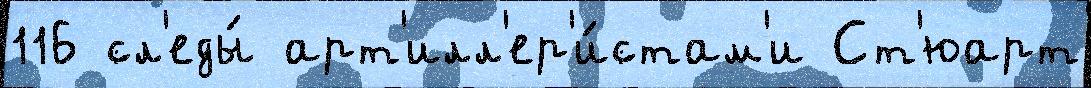
116 сл'еды́ арт'илл'ер'и́стам'и Ст'юарт